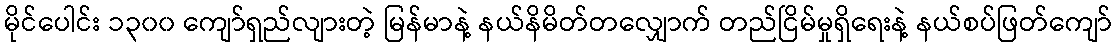
မိုင်ပေါင်း ၁၃၀၀ ကျော်ရှည်လျားတဲ့ မြန်မာနဲ့ နယ်နိမိတ်တလျှောက် တည်ငြိမ်မှုရှိရေးနဲ့ နယ်စပ်ဖြတ်ကျော်